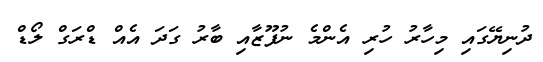
ދުނިޔޭގައި މިހާރު ހުރި އެންމެ ނުފޫޒާއި ބާރު ގަދަ އެއް ޑްރަގް ލޯޑް